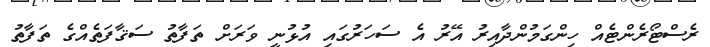
ރެސްޓޯރެންޓެއް ހިންގަމުންދާއިރު އޭރު އެ ސަހަރުގައި އުޅުނީ ވަރަށް ތަފާތު ސަޤާފަތެއްގެ ތަފާތު